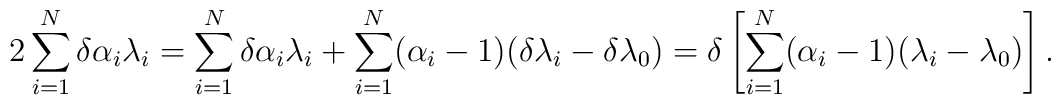
2 \sum_{i=1}^{N} \delta \alpha_{i} \lambda_{i} = \sum_{i=1}^{N} \delta\alpha_{i} \lambda_{i} + \sum_{i=1}^{N} (\alpha_{i} - 1) ( \delta\lambda_{i} - \delta \lambda_{0}) =\delta \left[ \sum_{i=1}^{N} (\alpha_{i} -1)(\lambda_{i} -\lambda_{0})\right].